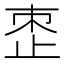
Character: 𬅼